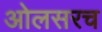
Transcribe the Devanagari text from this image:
ओलसरच